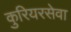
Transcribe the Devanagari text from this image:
कुरियरसेवा